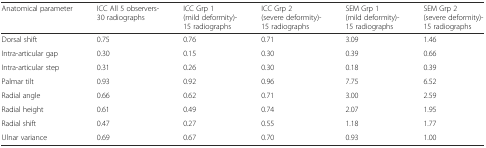
<table><thead><tr><td><b>Anatomical parameter</b></td><td><b>ICC All 5 observers- 30 radiographs</b></td><td><b>ICC Grp 1 (mild deformity)- 15 radiographs</b></td><td><b>ICC Grp 2 (severe deformity)- 15 radiographs</b></td><td><b>SEM Grp 1 (mild deformity)- 15 radiographs</b></td><td><b>SEM Grp 2 (severe deformity)- 15 radiographs</b></td></tr></thead><tbody><tr><td>Dorsal shift</td><td>0.75</td><td>0.76</td><td>0.71</td><td>3.09</td><td>1.46</td></tr><tr><td>Intra-articular gap</td><td>0.30</td><td>0.15</td><td>0.30</td><td>0.39</td><td>0.66</td></tr><tr><td>Intra-articular step</td><td>0.31</td><td>0.26</td><td>0.30</td><td>0.18</td><td>0.39</td></tr><tr><td>Palmar tilt</td><td>0.93</td><td>0.92</td><td>0.96</td><td>7.75</td><td>6.52</td></tr><tr><td>Radial angle</td><td>0.66</td><td>0.62</td><td>0.71</td><td>3.00</td><td>2.59</td></tr><tr><td>Radial height</td><td>0.61</td><td>0.49</td><td>0.74</td><td>2.07</td><td>1.95</td></tr><tr><td>Radial shift</td><td>0.47</td><td>0.27</td><td>0.55</td><td>1.18</td><td>1.77</td></tr><tr><td>Ulnar variance</td><td>0.69</td><td>0.67</td><td>0.70</td><td>0.93</td><td>1.00</td></tr></tbody></table>